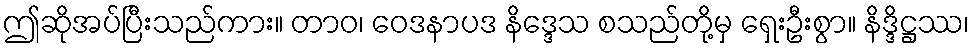
ဤဆိုအပ်ပြီးသည်ကား။ တာဝ၊ ဝေဒနာပဒ နိဒ္ဒေသ စသည်တို့မှ ရှေးဦးစွာ။ နိဒ္ဒိဋ္ဌဿ၊